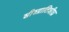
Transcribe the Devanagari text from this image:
शीश्ग्रातिशीघ्र